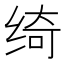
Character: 绮